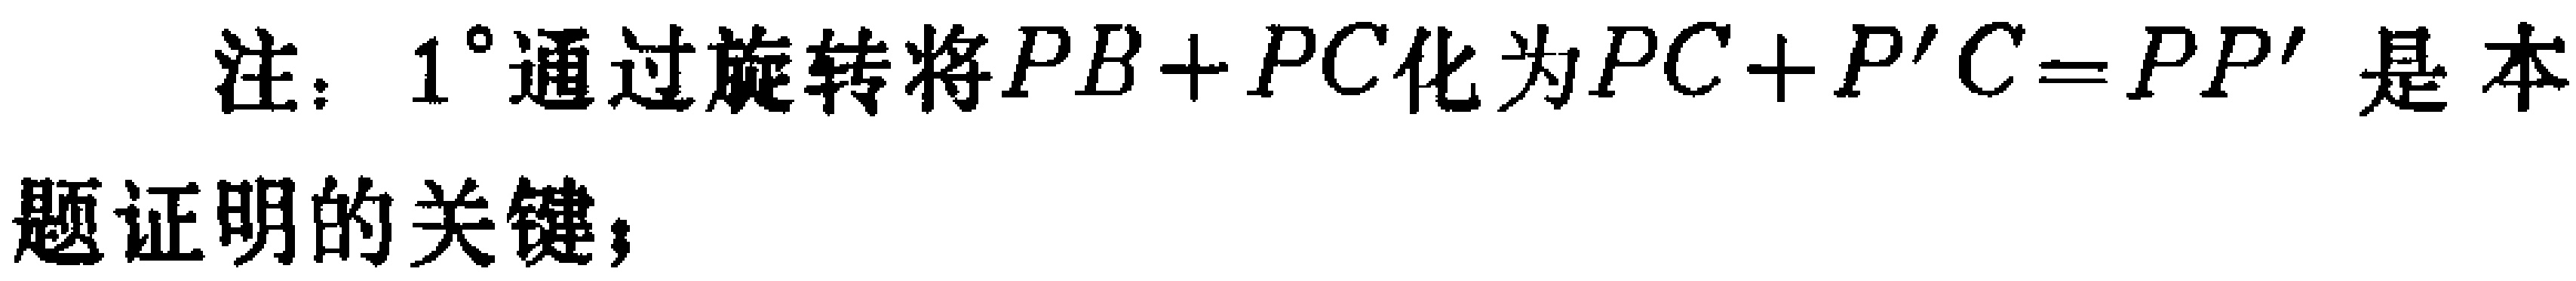
注：$1^{\circ}$通过旋转将$PB + PC$化为$PC + P'C = PP'$是本题证明的关键；